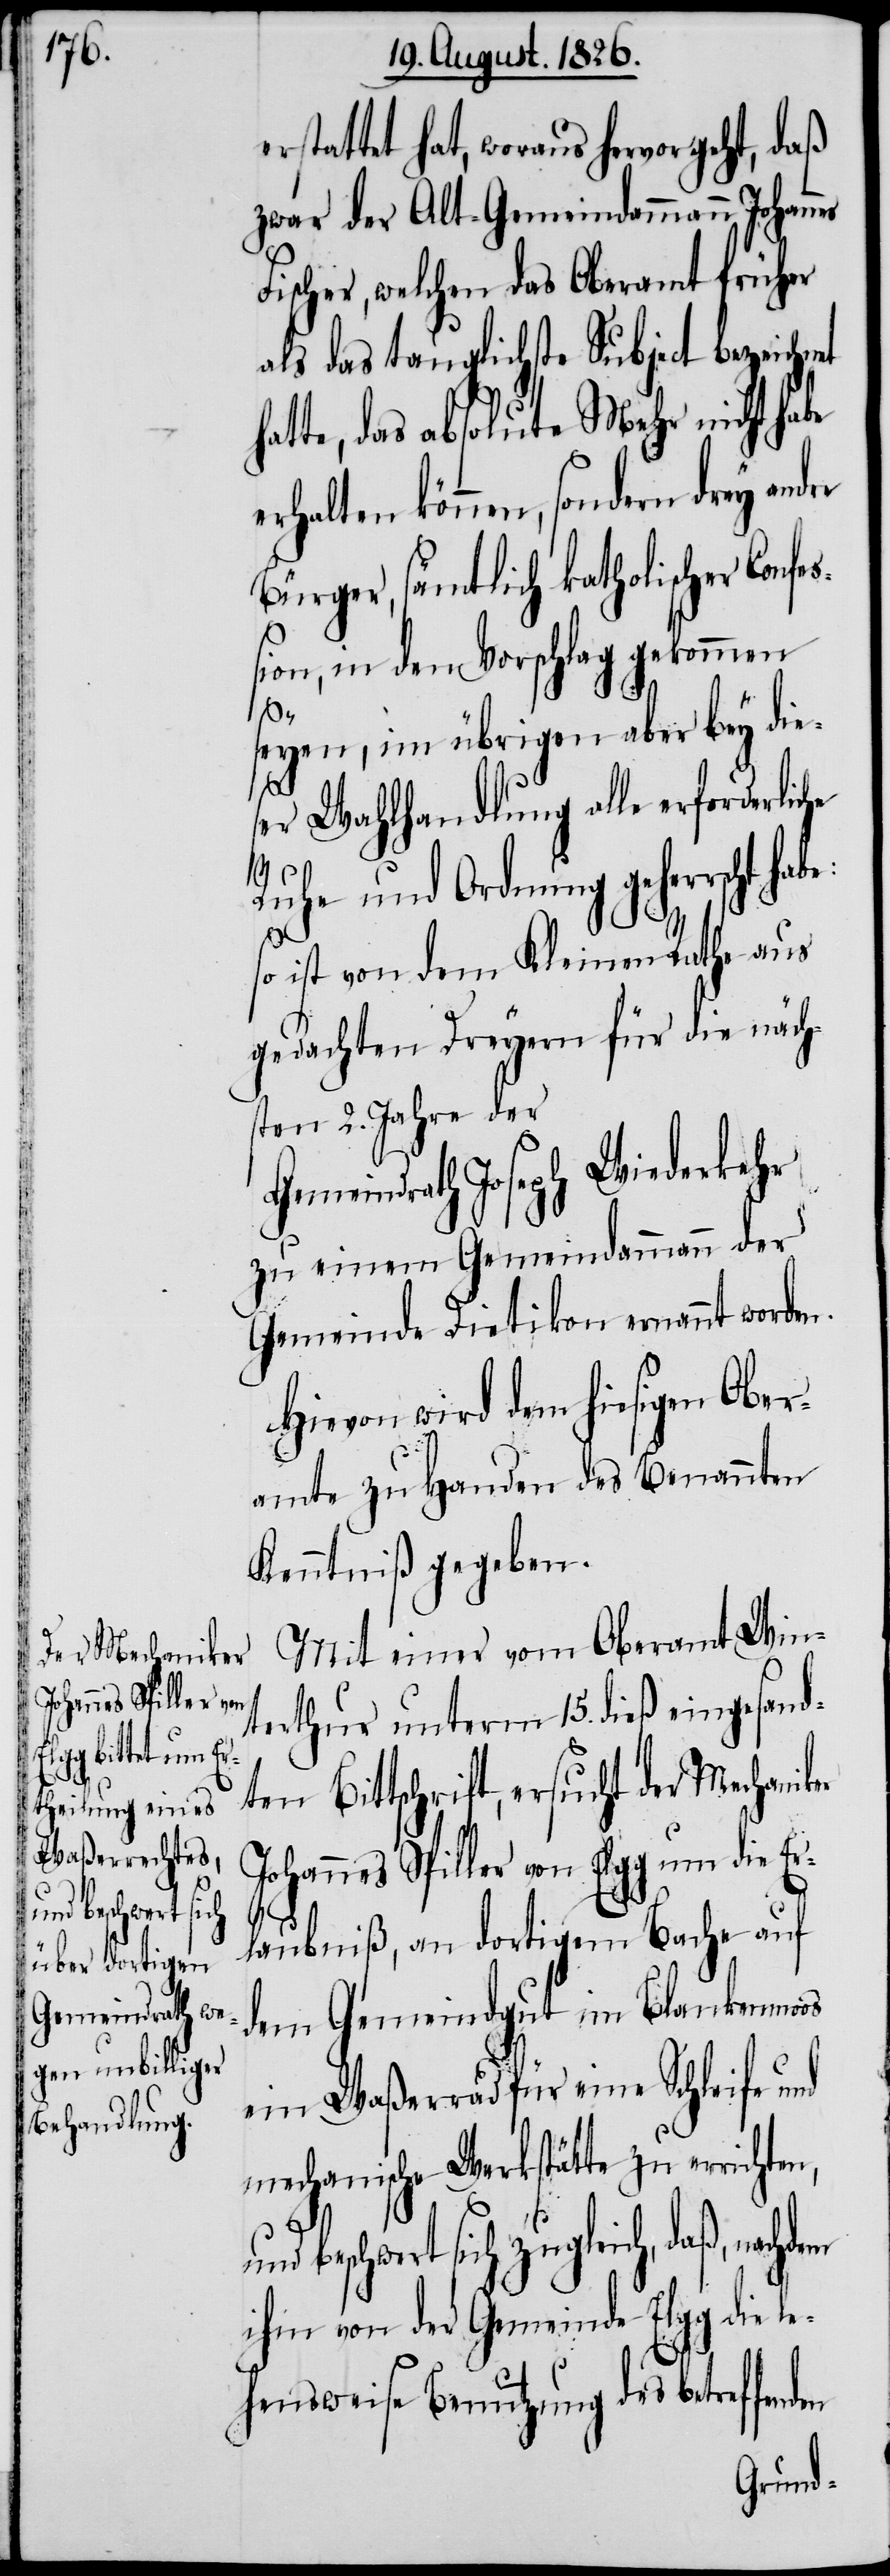
rrichten, und
den

erstattet hat, woraus hervorgeht, daß
zwar der Alt-Gemeindammann Johann¬
Fischer, welchen das Oberamt früher
als das tauglichste Subject bezeichn¬
hatte, das absolute Mehr nicht habe
erhalten können, sondern drey
Bürger, sämtlich katholischer Conf¬
ion, in den Vorschlag gekommen
eß¬
seyen, im übrigen aber bey die¬
ser Wahlhandlung alle erforderliche
Ruhe und Ordnung geherrscht
ist von dem Kleinen Rathe aus
gedachten Dreyern für die näch¬
sten 2. Jahre der
Gemeindrath Joseph Wiederkehr
zu einem Gemeindammann der
Gemeinde Dietikon ernannt worden.
Hievon wird dem hiesigen Ober¬
amte zu Handen des Benannten
Kenntniß gegeben.
Mit einer vom Oberamt Win¬
terthur unterm 15. dieß eingesand¬
ten Bittschrift, ersucht der Mechaniker
Johannes Spiller von Elgg um die Er¬
laubniß, an dortigem Bache auf
dem Gemeindgut im Blankenmoos
ein Waßerrad für eine Schleife und
mechanische Werkstätte zu e¬
beschwert sich zugleich, daß,
ihm von der Gemeinde Elgg die le¬
hensweise Benutzung des betreffen¬